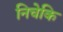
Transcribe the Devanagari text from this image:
निचेकि